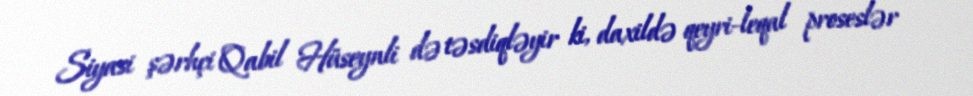
Siyasi şərhçi Qabil Hüseynli də təsdiqləyir ki, daxildə qeyri-leqal proseslər